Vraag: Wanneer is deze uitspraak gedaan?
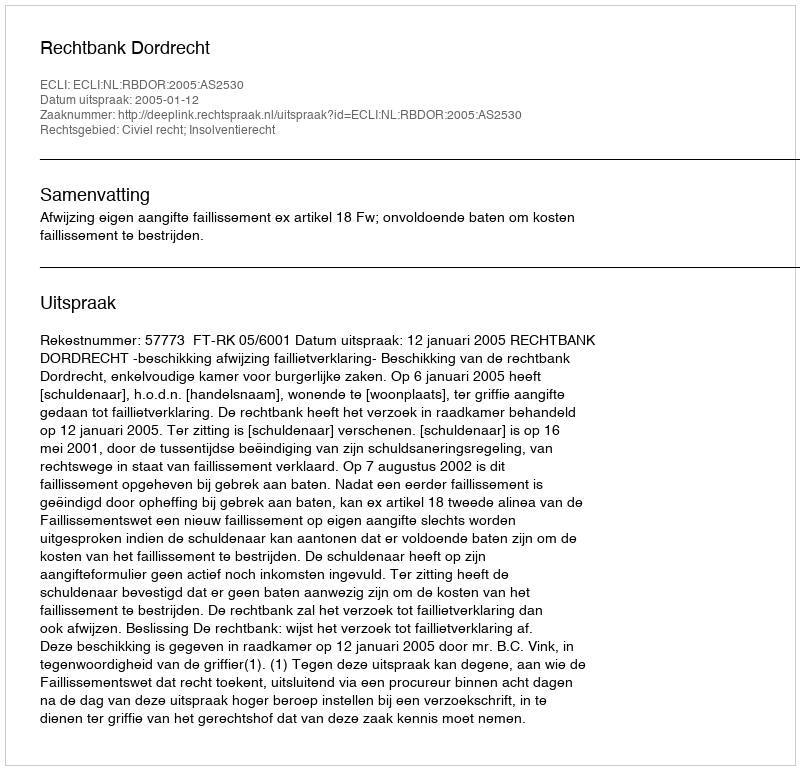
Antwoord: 2005-01-12